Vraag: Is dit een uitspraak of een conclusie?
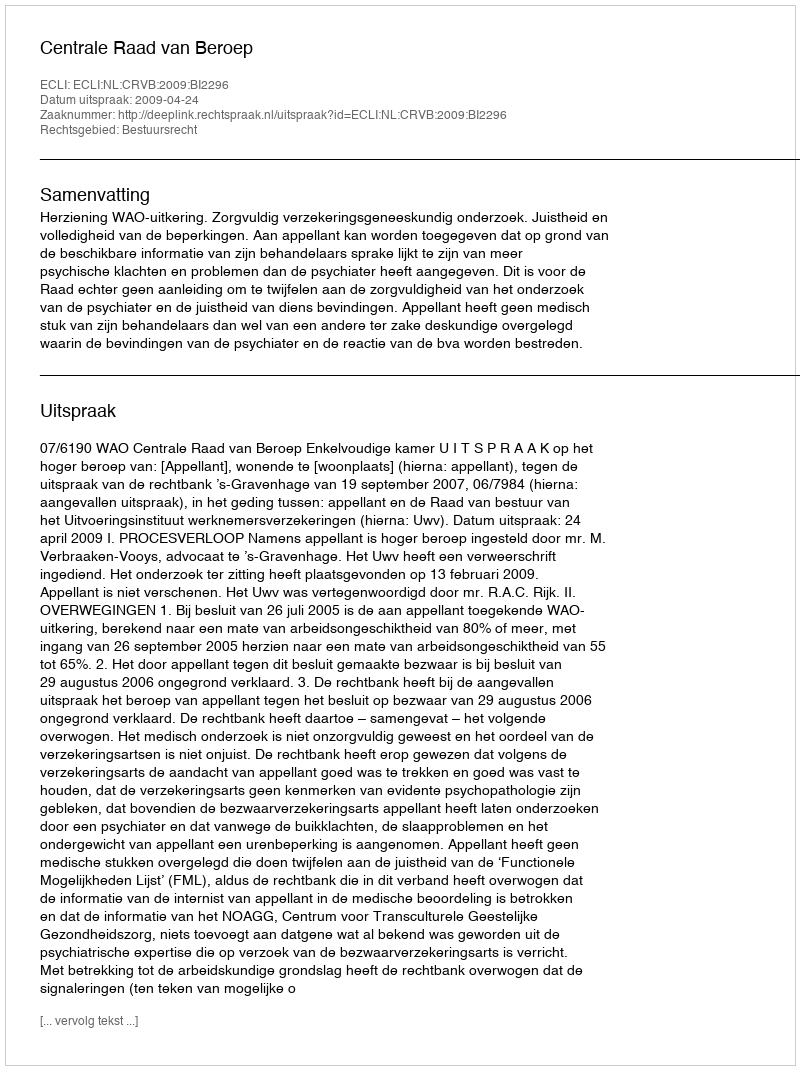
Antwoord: Uitspraak